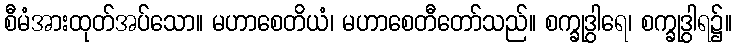
စီမံအားထုတ်အပ်သော။ မဟာစေတိယံ၊ မဟာစေတီတော်သည်။ စက္ခုဒွါရေ၊ စက္ခုဒွါရ၌။